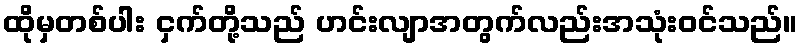
ထိုမှတစ်ပါး ငှက်တို့သည် ဟင်းလျာအတွက်လည်းအသုံးဝင်သည်။